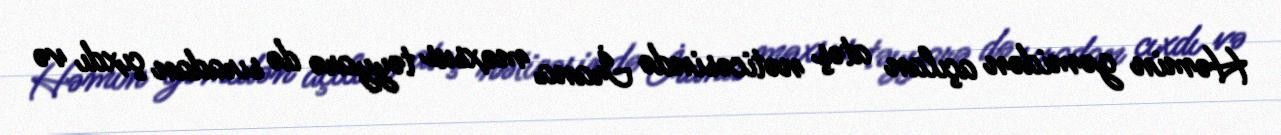
Həmin gəmidən açılan atəş nəticəsində İrana məxsus təyyarə də sıradan çıxdı və